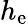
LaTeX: h_{\mathrm{e}}